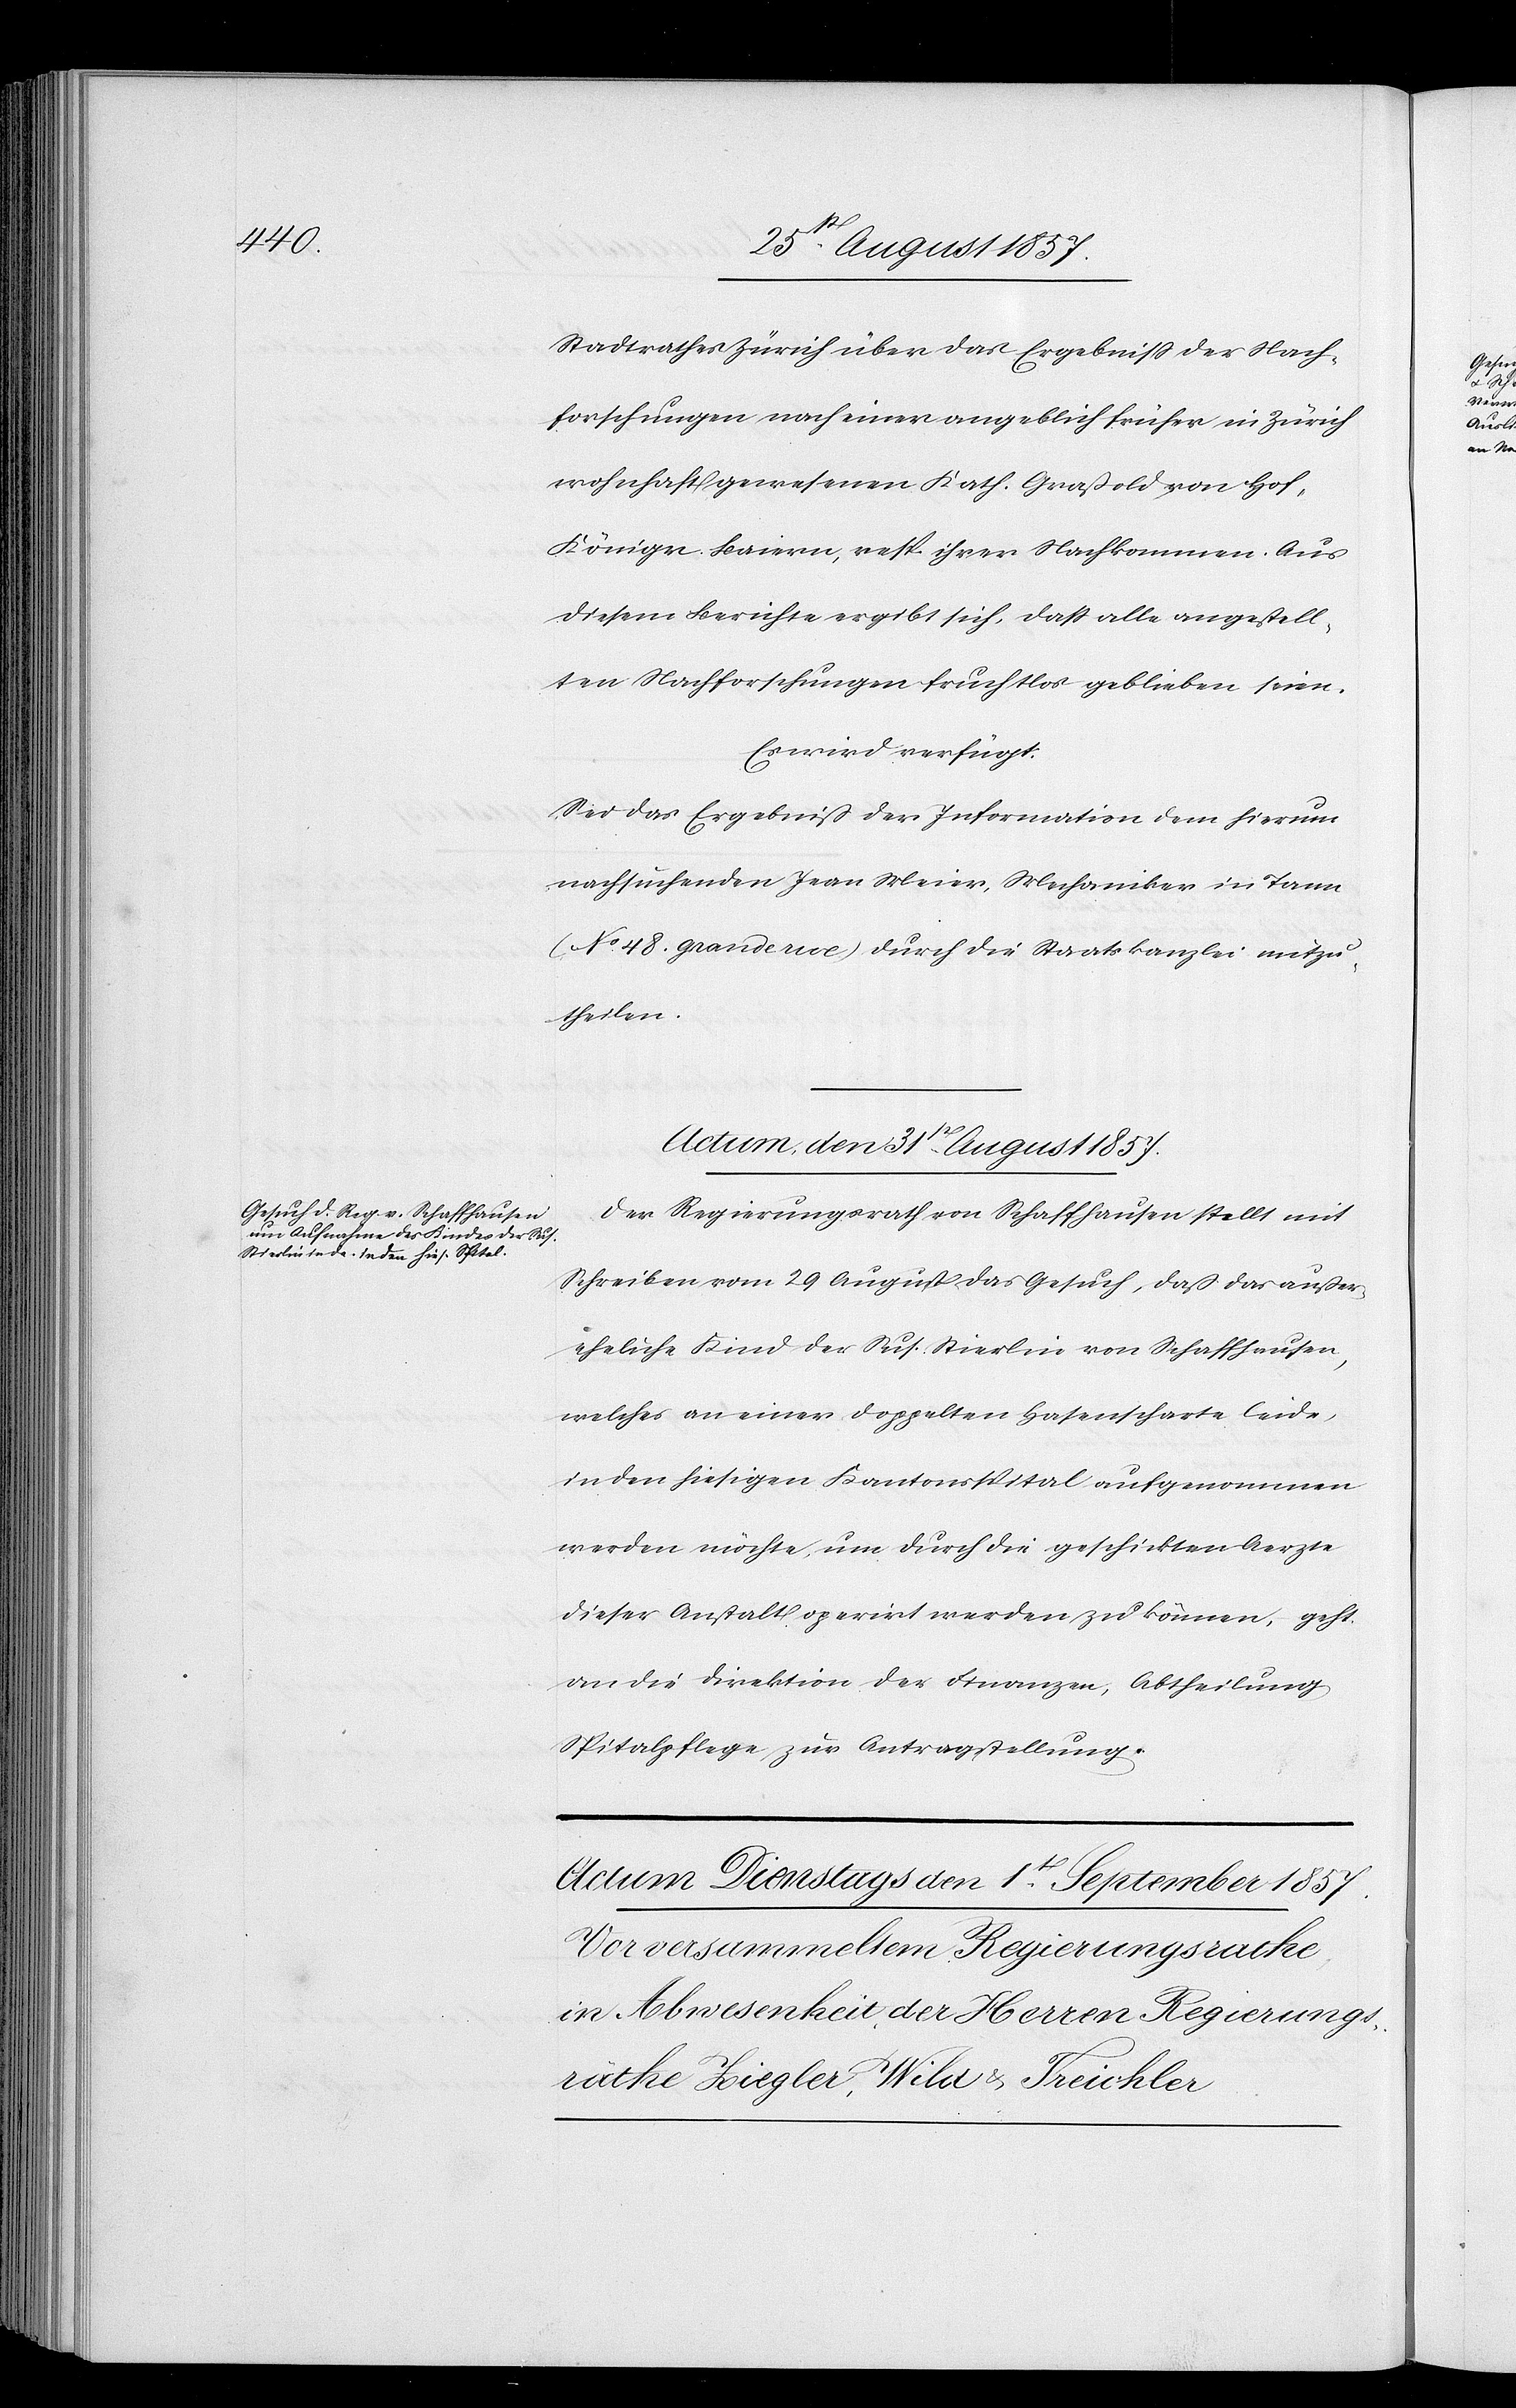
Stadtrathes Zürich über das Ergebniß der Nach¬
forschungen nach einer angeblich früher in Zürich
wohnhaft gewesenen Kath. Graßold von Hof,
Königr. Baiern, resp. ihrer Nachkommen. Aus
diesem Berichte ergibt sich, daß alle angestell¬
ten Nachforschungen fruchtlos geblieben seien.
Es wird verfügt:
Sei das Ergebniß der Information dem hierum
nachsuchenden Jean Meier, Mechaniker in Tann
(No 48. Grand rue) durch die Staatskanzlei mitzu¬
theilen.
Actum, den 31st[en] August 1857.
Der Regierungsrath von Schaffhausen stellt mit
Schreiben vom 29 August das Gesuch, daß das außer¬
eheliche Kind der Sus. Stierlin von Schaffhausen,
welches an einer doppelten Hasenscharte leide,
in den hiesigen Kantonsspital aufgenommen
werden möchte, um durch die geschickten Aerzte
dieser Anstalt operirt werden zu können, geht
an die Direktion der Finanzen, Abtheilung
Spitalpflege zur Antragstellung.